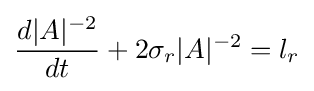
{\frac {d|A|^{-2}}{dt}}+2\sigma _{r}|A|^{-2}=l_{r}